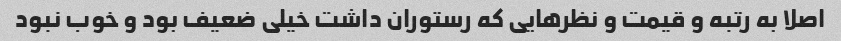
اصلا به رتبه و قیمت و نظرهایی که رستوران داشت خیلی ضعیف بود و خوب نبود